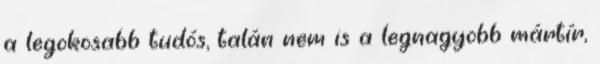
a legokosabb tudós, talán nem is a legnagyobb mártír,